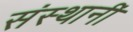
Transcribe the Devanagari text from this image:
संस्थानीं